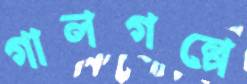
গালগল্পে